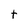
Character: t